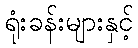
ရုံးခန်းများနှင့်